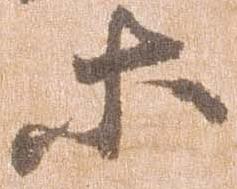
等